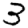
Digit: 3